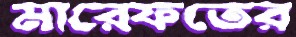
মারেফতের